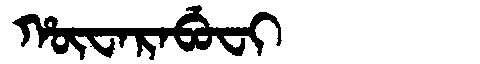
Manchu: ᡥᡡᠸᠠᡵᠠᠪᡠᠸᡳ
Romanization: HŪWARABUFI